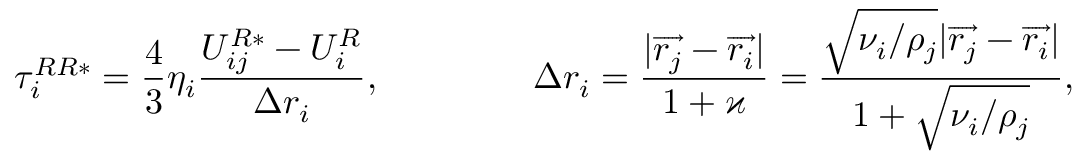
\tau _ { i } ^ { R R * } = \frac { 4 } { 3 } \eta _ { i } \frac { U _ { i j } ^ { R * } - U _ { i } ^ { R } } { \Delta r _ { i } } , \quad \mathrm { ~ г ~ д ~ е ~ } \quad \Delta r _ { i } = \frac { | \overrightarrow { r _ { j } } - \overrightarrow { r _ { i } } | } { 1 + \varkappa } = \frac { \sqrt { \nu _ { i } / \rho _ { j } } | \overrightarrow { r _ { j } } - \overrightarrow { r _ { i } } | } { 1 + \sqrt { \nu _ { i } / \rho _ { j } } } ,